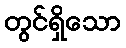
တွင်ရှိသော